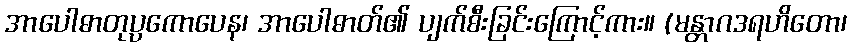
အာပေါဓာတုပ္ပကောပေန၊ အာပေါဓာတ်၏ ပျက်စီးခြင်းကြောင့်ကား။ (မန္တာဂဒရဟိတော၊